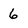
Character: 6